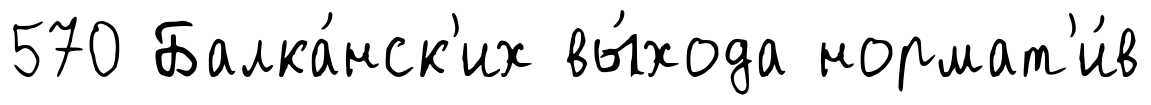
570 Балка́нск'их вы́хода нормат'и́в